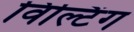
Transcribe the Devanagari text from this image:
विल्टिंग